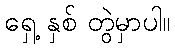
ရှေ့ နှစ် တွဲမှာပါ။